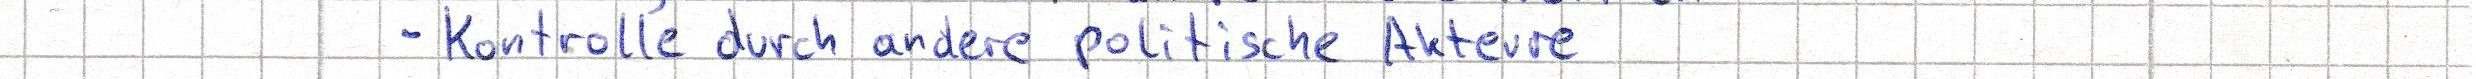
- Kontrolle durch andere politische Akteure